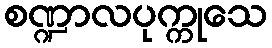
စဏ္ဍာလပုက္ကုသေ